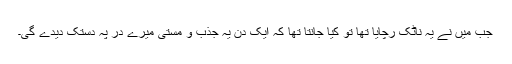
جب میں نے یہ ناٹک رچایا تھا تو کیا جانتا تھا کہ ایک دن یہ جذب و مستی میرے دَر پہ دستک دیدے گی۔